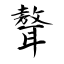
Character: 聱